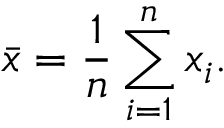
{ \bar { x } } = { \frac { 1 } { n } } \sum _ { i = 1 } ^ { n } x _ { i } .